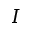
I